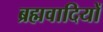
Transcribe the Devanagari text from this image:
ब्रह्मवादियों